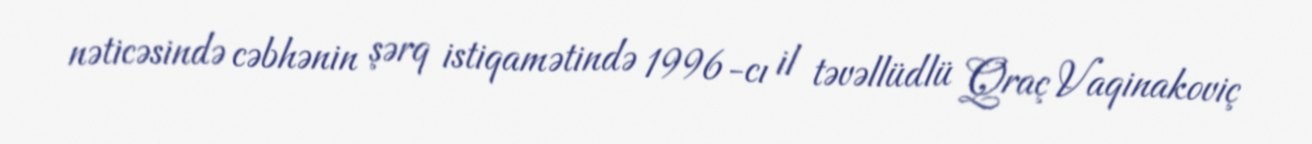
nəticəsində cəbhənin şərq istiqamətində 1996-cı il təvəllüdlü Qraç Vaqinakoviç